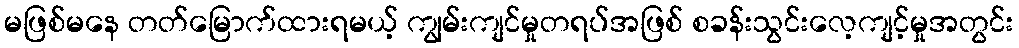
မဖြစ်မနေ တတ်မြောက်ထားရမယ့် ကျွမ်းကျင်မှုတရပ်အဖြစ် စခန်းသွင်းလေ့ကျင့်မှုအတွင်း